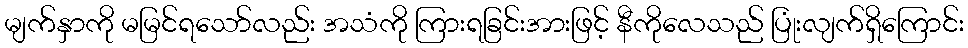
မျက်နှာကို မမြင်ရသော်လည်း အသံကို ကြားရခြင်းအားဖြင့် နီကိုလေသည် ပြုံးလျက်ရှိကြောင်း